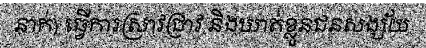
នាក់) ធ្វើការស្រាវជ្រាវ និងឃាត់ខ្លួនជនសង្ស័យ